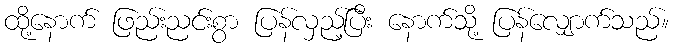
ထို့နောက် ဖြည်းညင်းစွာ ပြန်လှည့်ပြီး နောက်သို့ ပြန်လျှောက်သည်။